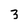
Character: 3